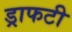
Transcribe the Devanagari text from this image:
ड्राफटी